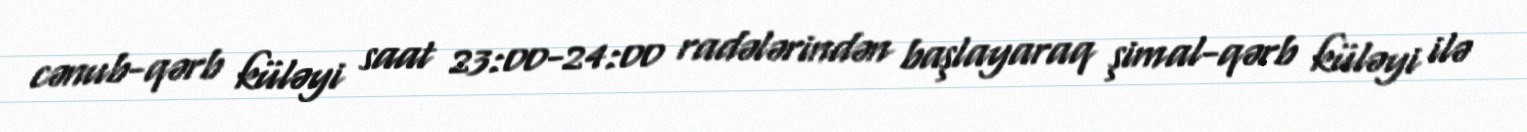
cənub-qərb küləyi saat 23:00-24:00 radələrindən başlayaraq şimal-qərb küləyi ilə